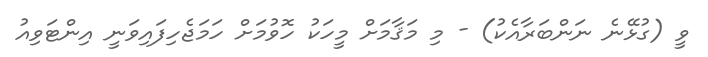
ވީ (ގުޅޭނެ ނަންބަރާއެކު) - މި މަޤާމަށް މީހަކު ހޮވުމަށް ހަމަޖެހިފައިވަނީ އިންޓަވިއު